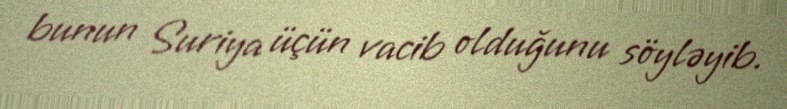
bunun Suriya üçün vacib olduğunu söyləyib.